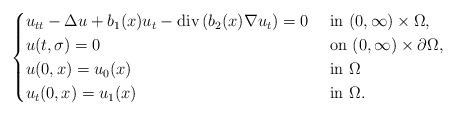
LaTeX: \begin{align*}\begin{cases}u_{tt} - \Delta u +b_{1}(x) u_{t} -{\rm div}\left(b_{2}(x)\nabla u_{t} \right) = 0 & \mbox{ in } (0, \infty) \times \Omega, \\u(t,\sigma) = 0 & \mbox{ on } (0, \infty) \times \partial\Omega, \\u(0,x) = u_{0}(x) & \mbox{ in } \Omega \\u_{t}(0,x) = u_{1}(x) & \mbox{ in } \Omega.\end{cases}\end{align*}